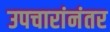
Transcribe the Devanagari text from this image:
उपचारांनंतर